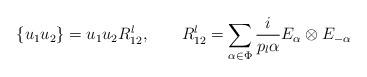
LaTeX: \begin{align*}\{ u_1 u_2 \}= u_{1} u_{2} R_{12}^{l}, \hskip 0.8 cm R_{12}^{l}=\sum_{\alpha \in \Phi} {i \over {p_{l} \alpha}} E_{\alpha} \otimes E_{- \alpha}\end{align*}